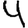
Digit: 4